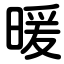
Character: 暖